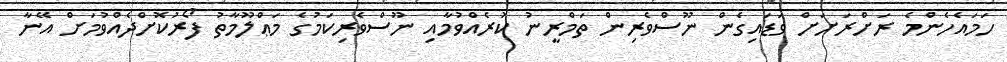
ހަމައެހެންމެ ރަށްރަށަށް ވަޑައިގެން ނޫސްވެރިން ތަމްރީނު ކުރެއްވުމާއި ނޫސްވެރިކަމުގެ މަޢްލޫމާތު ފޯރުކޮށްދެއްވުމަށް އޭނާ